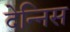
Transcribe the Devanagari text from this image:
देन्निस